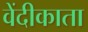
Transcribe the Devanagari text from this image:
वेंदीकाता